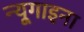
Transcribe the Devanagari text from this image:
न्यूगाइना